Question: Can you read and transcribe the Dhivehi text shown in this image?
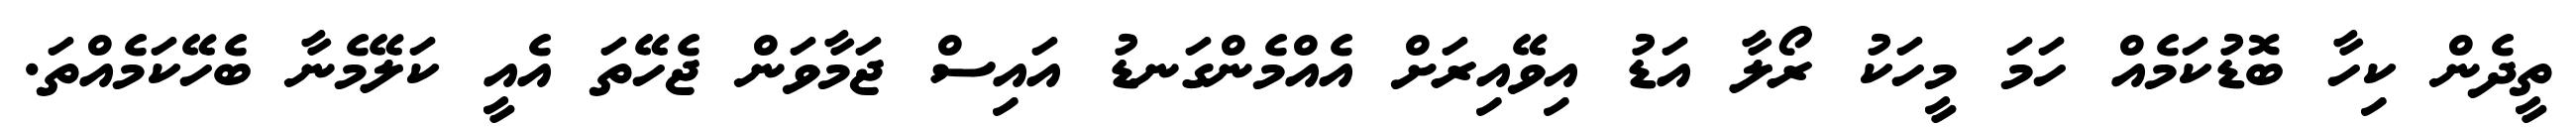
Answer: ތީދެން ކިހާ ބޮޑުކަމެއް ހަމަ މީހަކު ރޯލާ އަޑު އިވޭއިރަށް އެއްމެންގަނޑު އައިސް ޖަމާވަން ޖެހޭތަ އެއީ ކަލޭމެނާ ބެހޭކަމެއްތަ.